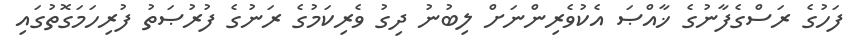
ފަހުގެ ރަސްގެފާނުގެ ޚާއްޞަ އެކުވެރިންނަށް ލިބުނު ދިގު ވެރިކަމުގެ ރަނުގެ ފުރުޞަތު ފުރިހަމަގޮތުގައި